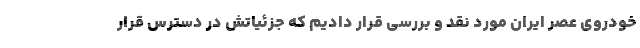
خودروی عصر ایران مورد نقد و بررسی قرار دادیم که جزئیاتش در دسترس قرار